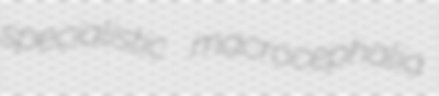
specialistic macrocephalia